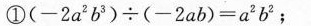
①$$( - 2 a ^ { 2 } b ^ { 3 } ) \div ( - 2 a b ) = a ^ { 2 } b ^ { 2 }$$；